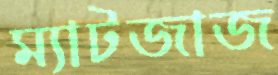
ম্যাটজাজ